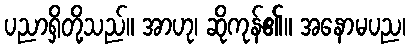
ပညာရှိတို့သည်။ အာဟု၊ ဆိုကုန်၏။ အနောမပည၊